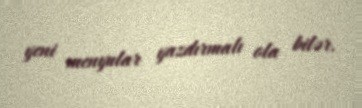
yeni menyular yazdırmalı ola bilər.